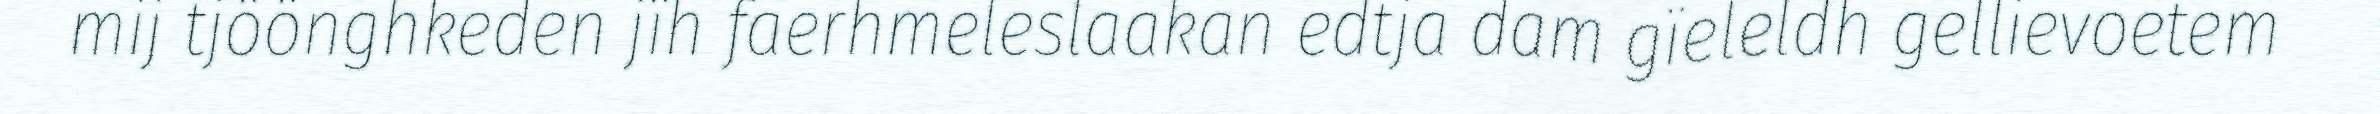
mij tjöönghkeden jïh faerhmeleslaakan edtja dam gïeleldh gellievoetem